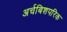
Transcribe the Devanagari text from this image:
अर्चबिशपरिक